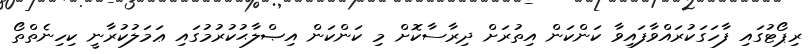
ރިޕޯޓުގައި ފާހަގަކުރައްވާފައިވާ ކަންކަން އިތުރަށް ދިރާސާކޮށް މި ކަންކަން އިޞްލާޙުކުރުމުގައި ޢަމަލުކުރާނީ ކިހިނެތްތޯ